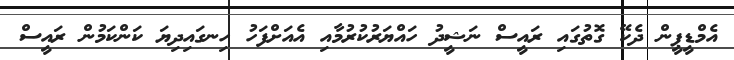
އެމްޑީޕީން ދެކޭ ގޮތުގައި ރައީސް ނަޝީދު ހައްޔަރުކުރުމާއި އެއަށްފަހު ހިނގައިދިޔަ ކަންކަމުން ރައީސް